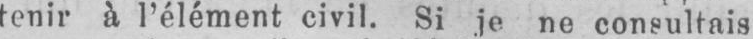
tenir à l’élément civil. Si je ne consultais